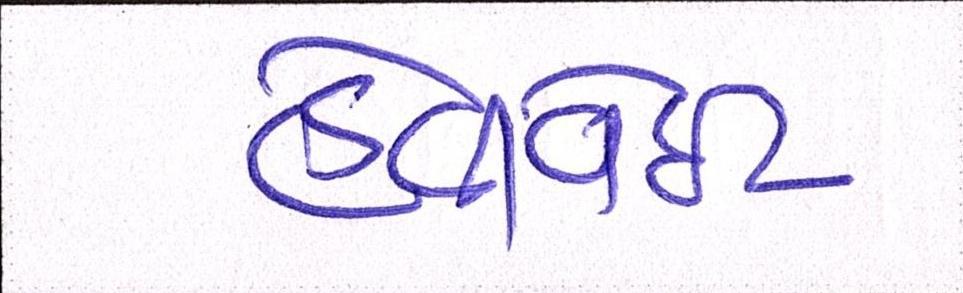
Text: હેવીવેઇટ